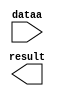
// megafunction wizard: %LPM_ADD_SUB%VBB%
// GENERATION: STANDARD
// VERSION: WM1.0
// MODULE: lpm_add_sub 

// ============================================================
// Megafunction Name(s):
// 			lpm_add_sub
//
// Simulation Library Files(s):
// 			lpm
// ============================================================
// ************************************************************
// THIS IS A WIZARD-GENERATED FILE. DO NOT EDIT THIS FILE!
//
// 9.0 Build 132 02/25/2009 SJ Full Version
// ************************************************************

//Copyright (C) 1991-2009 Altera Corporation
//Your use of Altera Corporation's design tools, logic functions 
//and other software and tools, and its AMPP partner logic 
//functions, and any output files from any of the foregoing 
//(including device programming or simulation files), and any 
//associated documentation or information are expressly subject 
//to the terms and conditions of the Altera Program License 
//Subscription Agreement, Altera MegaCore Function License 
//Agreement, or other applicable license agreement, including, 
//without limitation, that your use is for the sole purpose of 
//programming logic devices manufactured by Altera and sold by 
//Altera or its authorized distributors.  Please refer to the 
//applicable agreement for further details.

module sub2048 (
	dataa,
	result);

	input	[11:0]  dataa;
	output	[11:0]  result;

endmodule

// ============================================================
// CNX file retrieval info
// ============================================================
// Retrieval info: PRIVATE: CarryIn NUMERIC "0"
// Retrieval info: PRIVATE: CarryOut NUMERIC "0"
// Retrieval info: PRIVATE: ConstantA NUMERIC "0"
// Retrieval info: PRIVATE: ConstantB NUMERIC "2048"
// Retrieval info: PRIVATE: Function NUMERIC "1"
// Retrieval info: PRIVATE: INTENDED_DEVICE_FAMILY STRING "Cyclone III"
// Retrieval info: PRIVATE: LPM_PIPELINE NUMERIC "0"
// Retrieval info: PRIVATE: Latency NUMERIC "0"
// Retrieval info: PRIVATE: Overflow NUMERIC "0"
// Retrieval info: PRIVATE: RadixA NUMERIC "10"
// Retrieval info: PRIVATE: RadixB NUMERIC "10"
// Retrieval info: PRIVATE: Representation NUMERIC "0"
// Retrieval info: PRIVATE: SYNTH_WRAPPER_GEN_POSTFIX STRING "0"
// Retrieval info: PRIVATE: ValidCtA NUMERIC "0"
// Retrieval info: PRIVATE: ValidCtB NUMERIC "1"
// Retrieval info: PRIVATE: WhichConstant NUMERIC "2"
// Retrieval info: PRIVATE: aclr NUMERIC "0"
// Retrieval info: PRIVATE: clken NUMERIC "0"
// Retrieval info: PRIVATE: nBit NUMERIC "12"
// Retrieval info: CONSTANT: LPM_DIRECTION STRING "SUB"
// Retrieval info: CONSTANT: LPM_HINT STRING "ONE_INPUT_IS_CONSTANT=YES,CIN_USED=NO"
// Retrieval info: CONSTANT: LPM_REPRESENTATION STRING "SIGNED"
// Retrieval info: CONSTANT: LPM_TYPE STRING "LPM_ADD_SUB"
// Retrieval info: CONSTANT: LPM_WIDTH NUMERIC "12"
// Retrieval info: USED_PORT: dataa 0 0 12 0 INPUT NODEFVAL dataa[11..0]
// Retrieval info: USED_PORT: result 0 0 12 0 OUTPUT NODEFVAL result[11..0]
// Retrieval info: CONNECT: result 0 0 12 0 @result 0 0 12 0
// Retrieval info: CONNECT: @dataa 0 0 12 0 dataa 0 0 12 0
// Retrieval info: CONNECT: @datab 0 0 12 0 2048 0 0 0 0
// Retrieval info: LIBRARY: lpm lpm.lpm_components.all
// Retrieval info: GEN_FILE: TYPE_NORMAL sub2048.v TRUE
// Retrieval info: GEN_FILE: TYPE_NORMAL sub2048.inc TRUE
// Retrieval info: GEN_FILE: TYPE_NORMAL sub2048.cmp FALSE
// Retrieval info: GEN_FILE: TYPE_NORMAL sub2048.bsf TRUE
// Retrieval info: GEN_FILE: TYPE_NORMAL sub2048_inst.v TRUE
// Retrieval info: GEN_FILE: TYPE_NORMAL sub2048_bb.v TRUE
// Retrieval info: GEN_FILE: TYPE_NORMAL sub2048_waveforms.html TRUE
// Retrieval info: GEN_FILE: TYPE_NORMAL sub2048_wave*.jpg FALSE
// Retrieval info: LIB_FILE: lpm